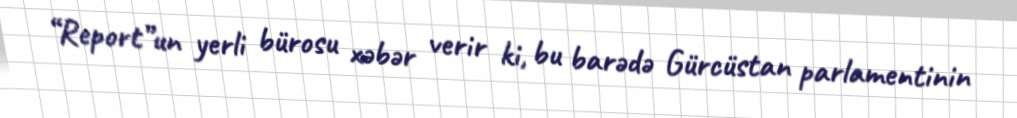
“Report”un yerli bürosu xəbər verir ki, bu barədə Gürcüstan parlamentinin